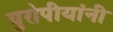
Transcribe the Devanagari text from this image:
युरोपीयांनी